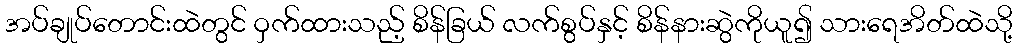
အပ်ချုပ်တောင်းထဲတွင် ဝှက်ထားသည့် စိန်ခြယ် လက်စွပ်နှင့် စိန်နားဆွဲကိုယူ၍ သားရေအိတ်ထဲသို့